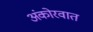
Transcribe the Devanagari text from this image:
अंकोरवात